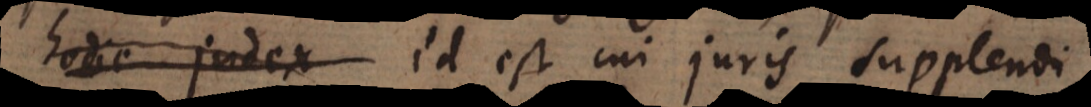
hodie judex id est cui juris supplendi